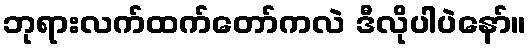
ဘုရားလက်ထက်တော်ကလဲ ဒီလိုပါပဲနော်။